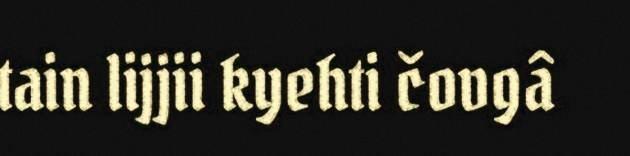
tain lijjii kyehti čovgâ